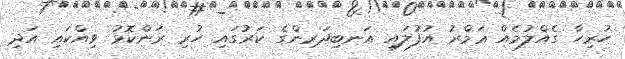
ހުރިހާ ގެއްލުމެއް ޢަމްރު އުފުލައި އަނބިދަރިންގެ ކަރުގައި ހުރި ރަންކޮޅު ވިއްކައި އަދި